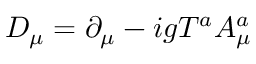
D _ { \mu } = \partial _ { \mu } - i g T ^ { a } A _ { \mu } ^ { a }